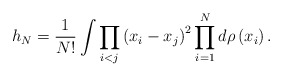
\begin{align*}h_{N}=\frac{1}{N!}\int \prod_{i<j}\left( x_{i}-x_{j}\right)^{2}\prod_{i=1}^{N}d\rho \left( x_{i}\right) .\end{align*}